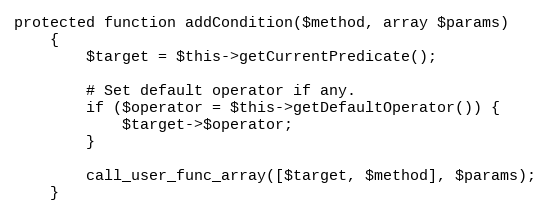
Language: PHP
protected function addCondition($method, array $params)
    {
        $target = $this->getCurrentPredicate();

        # Set default operator if any.
        if ($operator = $this->getDefaultOperator()) {
            $target->$operator;
        }

        call_user_func_array([$target, $method], $params);
    }